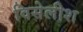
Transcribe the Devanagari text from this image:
विसेलीश